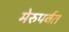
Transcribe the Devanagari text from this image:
मेरुपर्वत